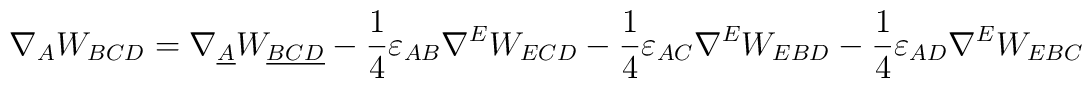
\nabla_A W_{BCD}=\nabla_{\underline{A}} W_{\underline{BCD}} -\frac{1}{4}\varepsilon_{AB} \nabla^E W_{ECD} -\frac{1}{4} \varepsilon_{AC} \nabla^E W_{EBD}-\frac{1}{4} \varepsilon_{AD} \nabla^E W_{EBC}